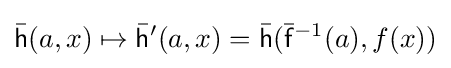
{\bar {\mathsf {h}}}(a,x)\mapsto {\bar {\mathsf {h}}}'(a,x)={\bar {\mathsf {h}}}({\bar {\mathsf {f}}}^{-1}(a),f(x))